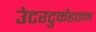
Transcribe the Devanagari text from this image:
उंटरटुर्कहाइम